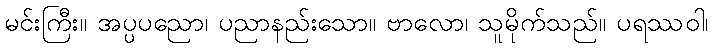
မင်းကြီး။ အပ္ပပညော၊ ပညာနည်းသော။ ဗာလော၊ သူမိုက်သည်။ ပရဿဝါ၊